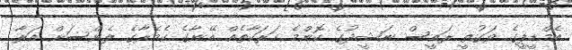
އެމްޑީޕީގެ ވަގުތީ ރައީސް ނަޝީދުގެ ކޮންމެ ހަރަކާތެއް އޭނާގެ ކެމެރާގެ ލެންސަށް އަރާ